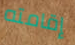
إقامته